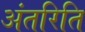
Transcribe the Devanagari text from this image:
अंतरिति